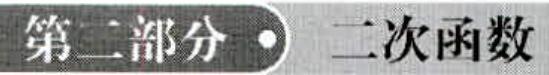
第二部分 \bullet 二次函数